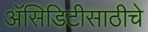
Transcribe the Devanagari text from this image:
अॅसिडिटीसाठीचे